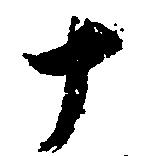
十